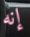
إنه